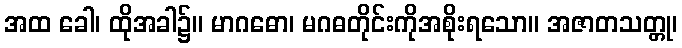
အထ ခေါ၊ ထိုအခါ၌။ မာဂဓော၊ မဂဓတိုင်းကိုအစိုးရသော။ အဇာတသတ္တု၊